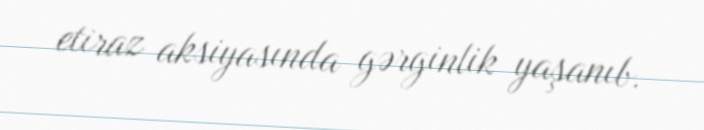
etiraz aksiyasında gərginlik yaşanıb.